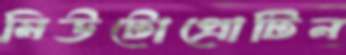
মিউটোপ্রোটিন